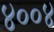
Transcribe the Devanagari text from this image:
४००४